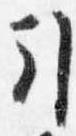
引